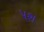
પશ